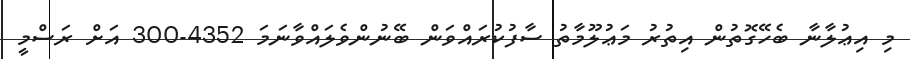
މި އިޢުލާނާ ބެހޭގޮތުން އިތުރު މަޢުލޫމާތު ސާފުކުރައްވަން ބޭނުންވެލައްވާނަމަ 4352-300 އަށް ރަސްމީ